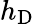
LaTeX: h_{\mathrm{D}}